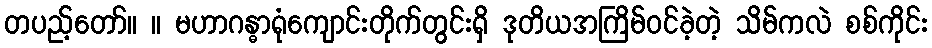
တပည့်တော်။ ။ မဟာဂန္ဓာရုံကျောင်းတိုက်တွင်းရှိ ဒုတိယအကြိမ်ဝင်ခဲ့တဲ့ သိမ်ကလဲ စစ်ကိုင်း